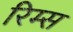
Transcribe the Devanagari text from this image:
रिम्स